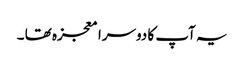
یہ آپ کا دوسرا معجزہ تھا ۔